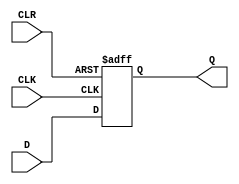
module d_flip_flop (
    input wire D,
    input wire CLK,
    input wire CLR,
    output reg Q
);

always @(posedge CLK or posedge CLR) begin
    if (CLR) begin
        Q <= 1'b0;  // Clear the flip-flop
    end else begin
        Q <= D;     // Store the value of D on the positive clock edge
    end
end

endmodule